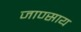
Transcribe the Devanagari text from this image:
जाण्साय